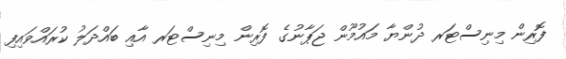
ފޮރިން މިނިސްޓަރ ދުންޔާ މައުމޫން ޖަޕާނުގެ ފޮރިން މިނިސްޓަރ އާއި ބައްދަލު ކުރައްވައިފި